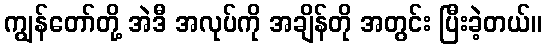
ကျွန်တော်တို့ အဲဒီ အလုပ်ကို အချိန်တို အတွင်း ပြီးခဲ့တယ်။